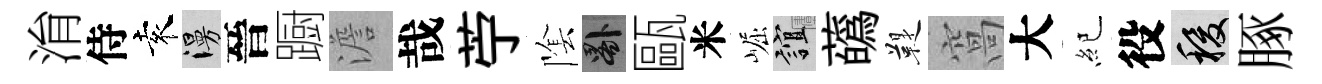
㳙侍袁漫晉蹰澹哉苧隂晷甌米崛誼蘤鞮窩大紀役稷䐁